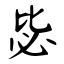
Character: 毖